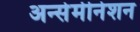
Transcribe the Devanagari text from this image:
अन्सेमीनेशन